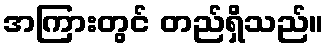
အကြားတွင် တည်ရှိသည်။